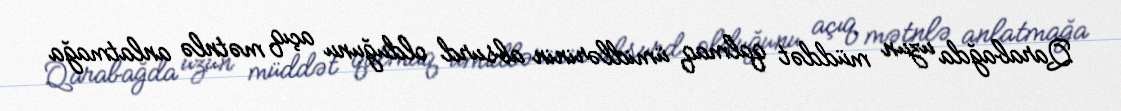
Qarabağda uzun müddət qalmaq ümidlərinin absurd olduğunu açıq mətnlə anlatmağa